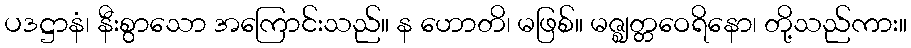
ပဒဋ္ဌာနံ၊ နီးစွာသော အကြောင်းသည်။ န ဟောတိ၊ မဖြစ်။ မဇ္ဈတ္တဝေရိနော၊ တို့သည်ကား။